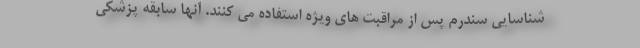
شناسایی سندرم پس از مراقبت های ویژه استفاده می کنند. آنها سابقه پزشکی